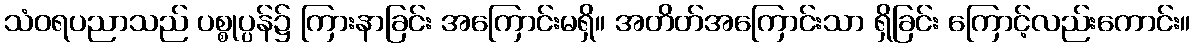
သံဝရပညာသည် ပစ္စုပ္ပန်၌ ကြားနာခြင်း အကြောင်းမရှိ။ အတိတ်အကြောင်းသာ ရှိခြင်း ကြောင့်လည်းကောင်း။